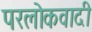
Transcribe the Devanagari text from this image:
परलोकवादी